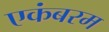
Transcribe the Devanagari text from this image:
एकंबरम